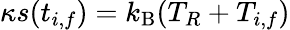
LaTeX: \kappa s(t_{i,f})=k_{\mathrm{B}}(T_{R}+T_{i,f})